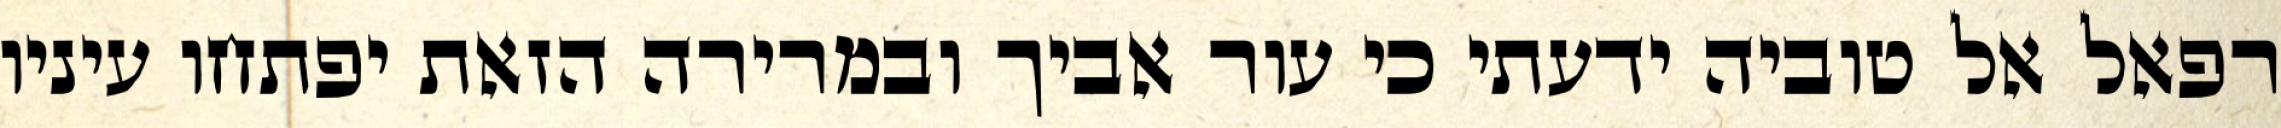
רפאל אל טוביה ידעתי כי עור אביך ובמרירה הזאת יפתחו עיניו